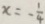
x = - \frac { 1 } { 4 }